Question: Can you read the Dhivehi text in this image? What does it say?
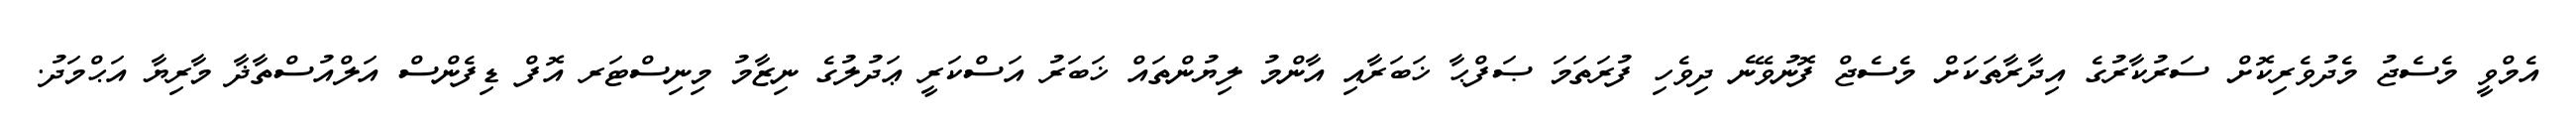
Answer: އެމްވީ މެސެޖު މެދުވެރިކޮށް ސަރުކާރުގެ އިދާރާތަކަށް މެސެޖް ފޮނުވޭނެ ދިވެހި ފުރަތަމަ ޞަފްޙާ ޚަބަރާއި އާންމު ލިޔުންތައް ޚަބަރު އަސްކަރީ ޢަދުލުގެ ނިޒާމު މިނިސްޓަރ އޮފް ޑިފެންސް އަލްއުސްތާޛާ މާރިޔާ އަޙްމަދު.